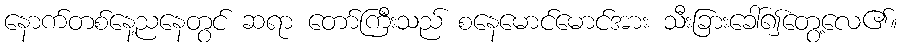
နောက်တစ်နေ့ညနေတွင် ဆရာ တော်ကြီးသည် စနေမောင်မောင်အား သီးခြားခေါ်၍တွေ့လေ၏။